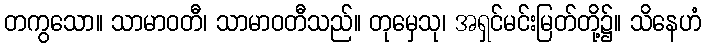
တကွသော။ သာမာဝတီ၊ သာမာဝတီသည်။ တုမှေသု၊ အရှင်မင်းမြတ်တို့၌။ သိနေဟံ